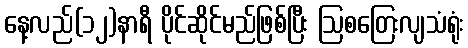
နေ့လည်(၁၂)နာရီ ပိုင်ဆိုင်မည်ဖြစ်ပြီး ဩစတြေးလျသံရုံး